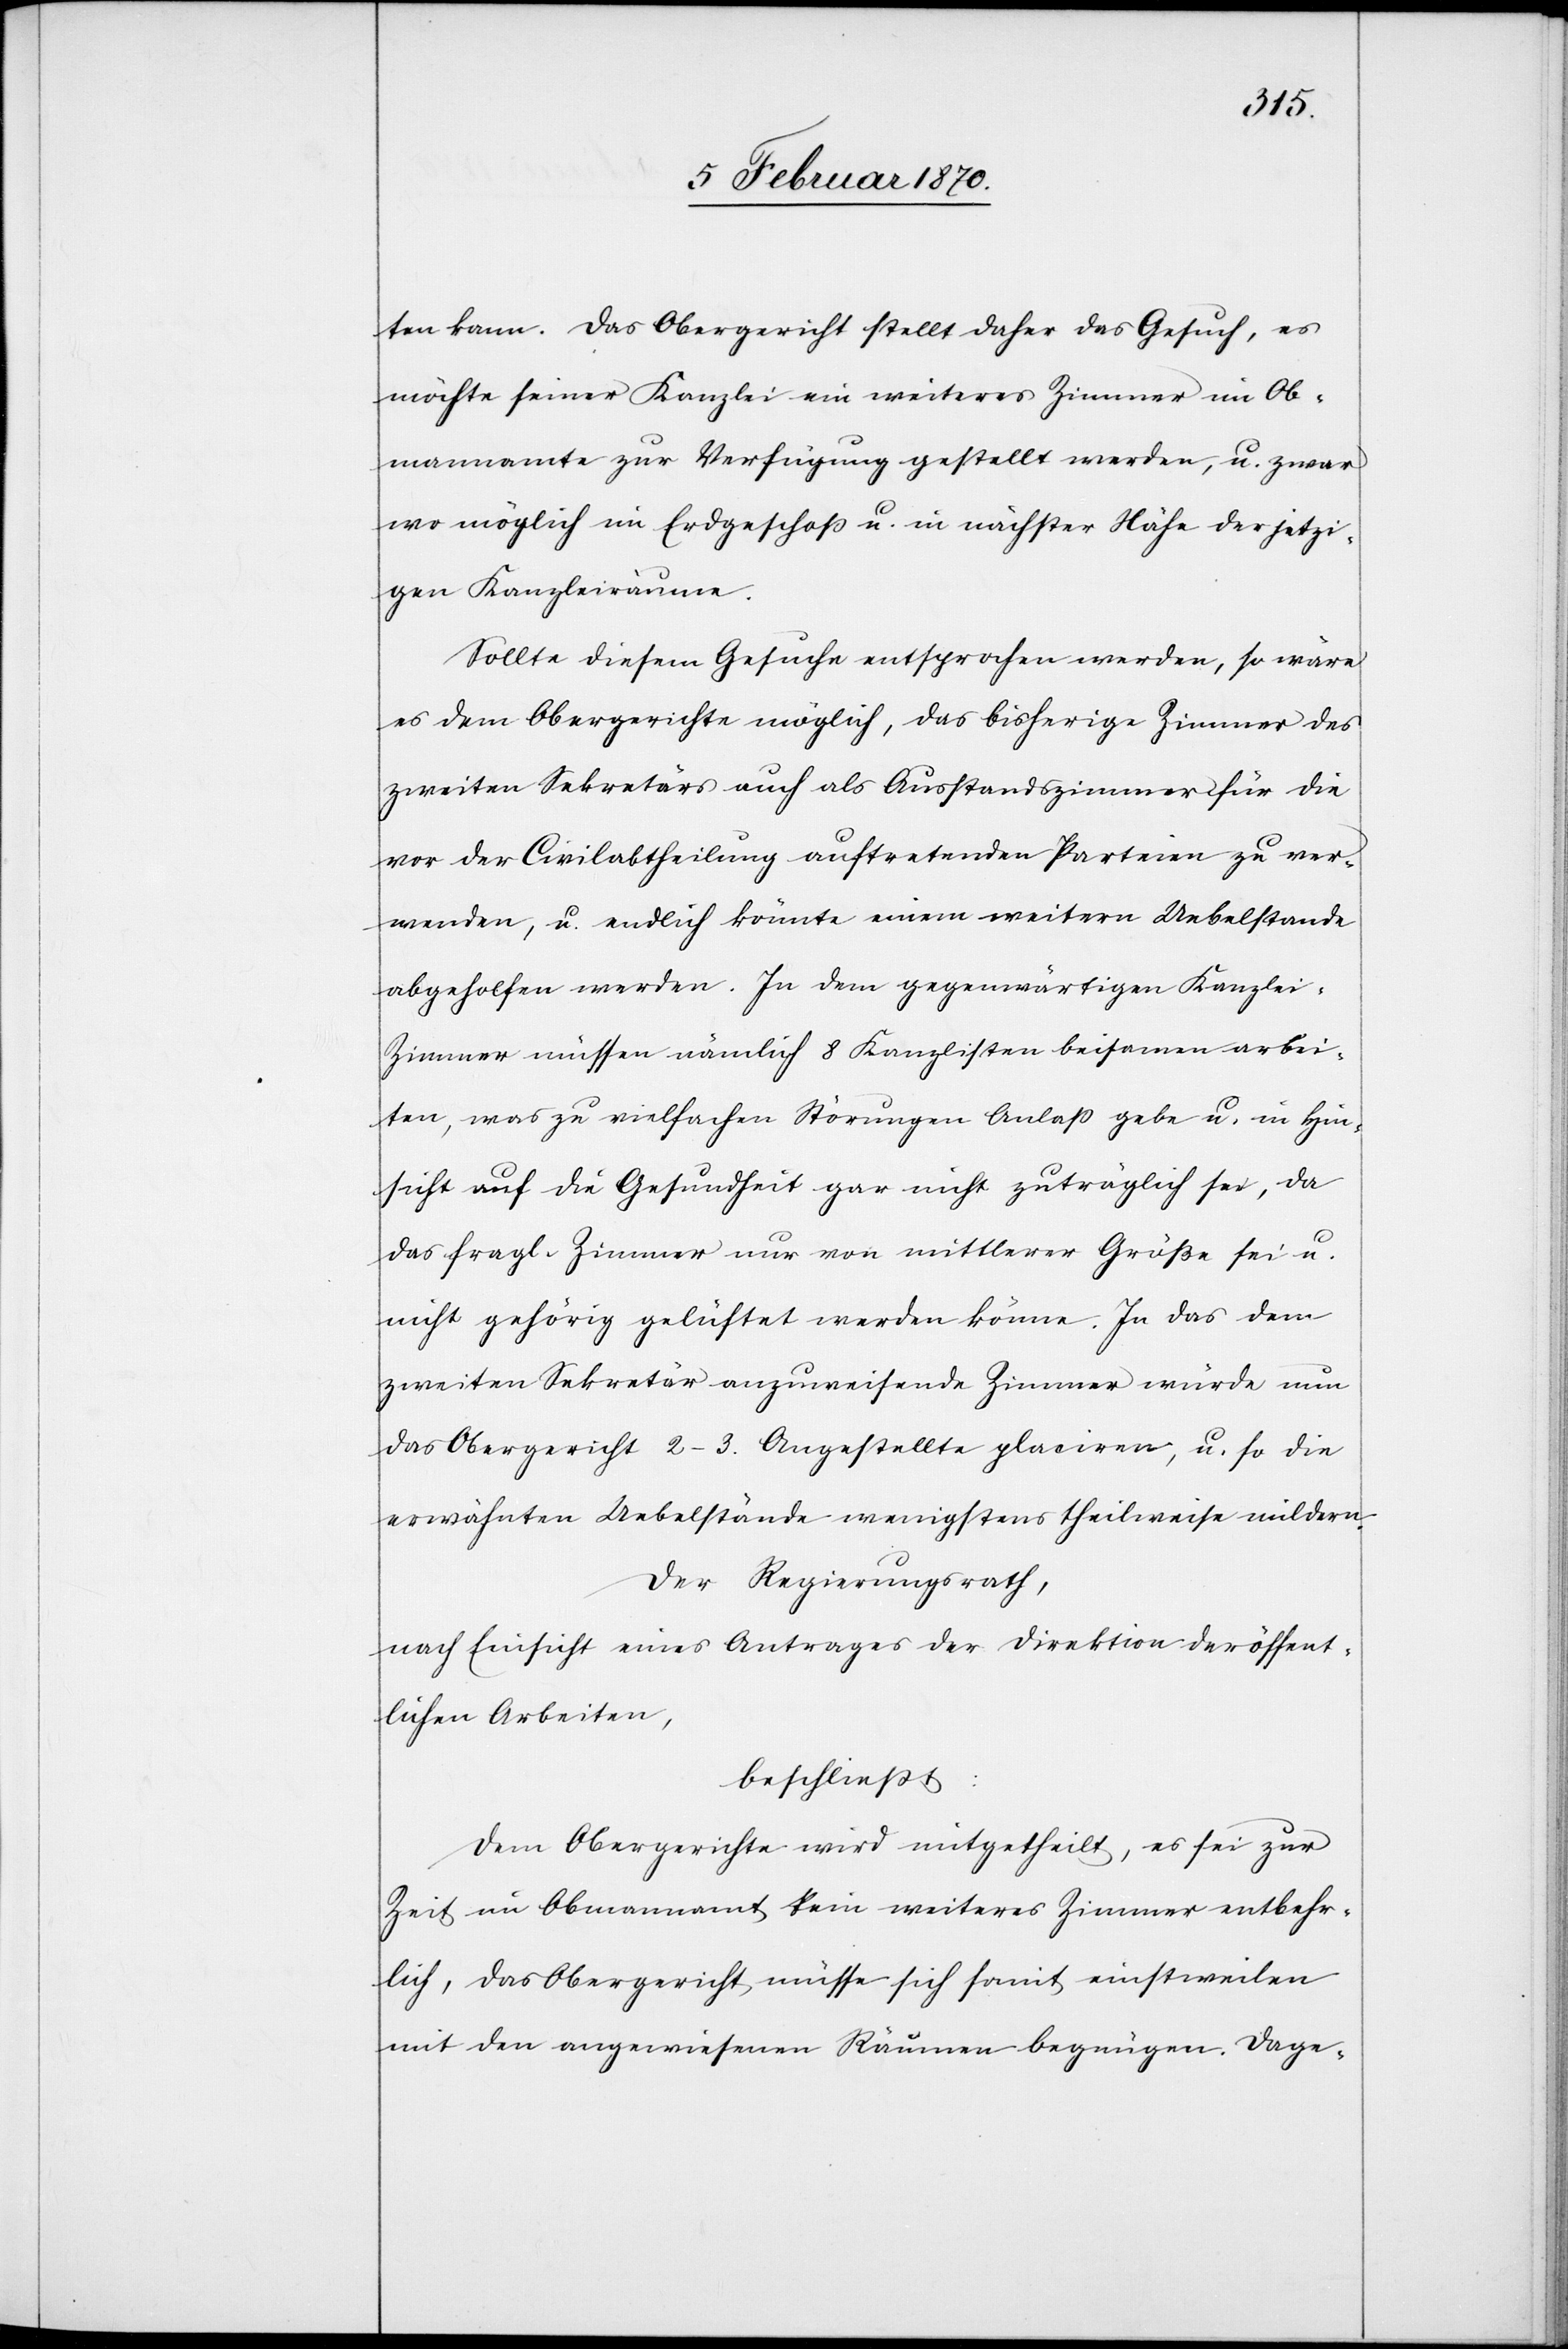
ten kann. Das Obergericht stellt daher das Gesuch, es
möchte seiner Kanzlei ein weiteres Zimmer im Ob¬
mannamte zur Verfügung gestellt werden, u. zwar
wo möglich im Erdgeschoß u. in nächster Nähe der jetzi¬
gen Kanzleiräume.
Sollte diesem Gesuche entsprochen werden, so wäre
es dem Obergerichte möglich, das bisherige Zimmer des
zweiten Sekretärs auch als Ausstandszimmer für die
vor der Civilabtheilung auftretenden Parteien zu ver¬
wenden, u. endlich könnte einem weitern Uebelstande
abgeholfen werden. In dem gegenwärtigen Kanzlei-Z¬
immer müssen nämlich 8 Kanzlisten beisamen arbei¬
ten, was zu vielfachen Störungen Anlass gebe u. in Hin¬
sicht auf die Gesundheit gar nicht zuträglich sei, da
das fragl. Zimmer nur von mittlerer Größe sei u.
nicht gehörig gelüftet werden könne. In das dem
zweiten Sekretär anzuweisende Zimmer würde nun
das Obergericht 2–3. Angestellte placiren, u. so die
erwähnten Uebelstände wenigstens theilweise mildern.
Der Regierungsrath,
nach Einsicht eines Antrages der Direktion der öffent¬
lichen Arbeiten,
beschliesst:
Dem Obergerichte wird mitgetheilt, es sei zur
Zeit im Obmannamt kein weiteres Zimmer entbehr¬
lich, das Obergericht müsse sich somit einstweilen
mit den angewiesenen Räumen begnügen. Dage-